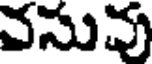
వసువు